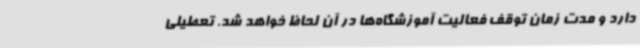
دارد و مدت زمان توقف فعالیت آموزشگاه‌ها در آن لحاظ خواهد شد. تعطیلی